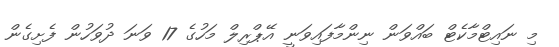
މި ނައިޓްމާކެޓް ބައްވަން ނިންމާފައިވަނީ އޭޕްރިލް މަހުގެ 17 ވަނަ ދުވަހުން ފެށިގެން